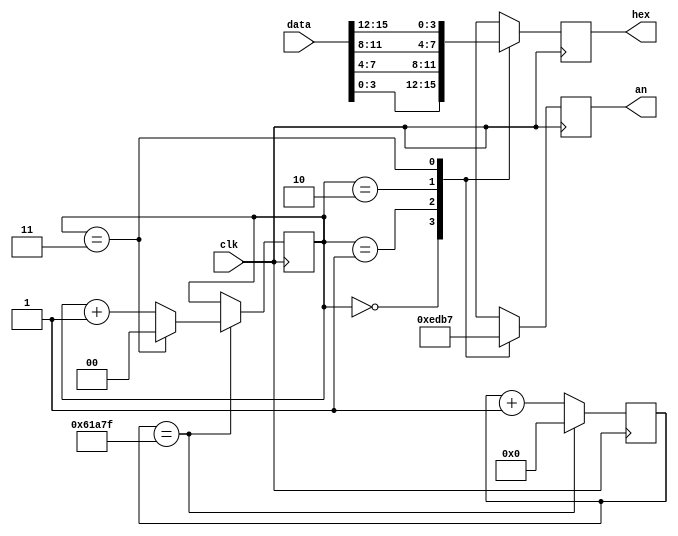
`timescale 1ns / 1ps
//////////////////////////////////////////////////////////////////////////////////
// Company: 
// Engineer: 
// 
// Design Name: 
// Module Name:    time_Multiplexer 
// Project Name: 
// Target Devices: 
// Tool versions: 
// Description: 
//
// Dependencies: 
//
// Revision: 
// Revision 0.01 - File Created
// Additional Comments: 
//
//////////////////////////////////////////////////////////////////////////////////
module time_Multiplexer(
 input wire clk,
 input wire [15:0] data, // Input data to be displayed
 output reg [3:0] hex, // Segment data for display
 output reg [3:0] an // Display enable signals
);
reg [1:0] digit_counter = 2'b00; // Counter to select which digit to display
reg [18:0] refresh_counter = 19'd0; // Counter to control refresh rate
initial begin
hex <= 3'b000;
an <= 4'b0000;
end
always @(posedge clk) begin
 // Increment the refresh counter
 if (refresh_counter == 19'd399999)
 refresh_counter <= 19'd0;
 else
 refresh_counter <= refresh_counter + 1;
 if (refresh_counter == 19'd399999) begin
 if (digit_counter == 2'b11)
 digit_counter <= 2'b00;
 else
 digit_counter <= digit_counter + 1;
 end
 case(digit_counter)
 2'b00: begin // Rightmost digit
 hex = data[3:0];
 an = 4'b1110;
 end
 2'b01: begin // Second from the right
 hex = data[7:4];
 an = 4'b1101;
 end
 2'b10: begin // Third from the right
 hex = data[11:8];
 an = 4'b1011;
 end
 2'b11: begin // Leftmost digit
 hex = data[15:12];
 an = 4'b0111;
 end
 default: begin
 // Should not reach here
 hex = 4'b0000;
 an = 4'b1111;
 end
 endcase
end
endmodule